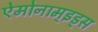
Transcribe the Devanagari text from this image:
ऐमोनाम्‌इड्स